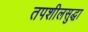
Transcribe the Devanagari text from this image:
तपशीलसुद्धा